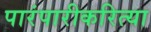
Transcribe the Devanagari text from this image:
पारंपारीकरित्या